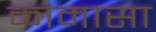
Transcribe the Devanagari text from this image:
कामासा